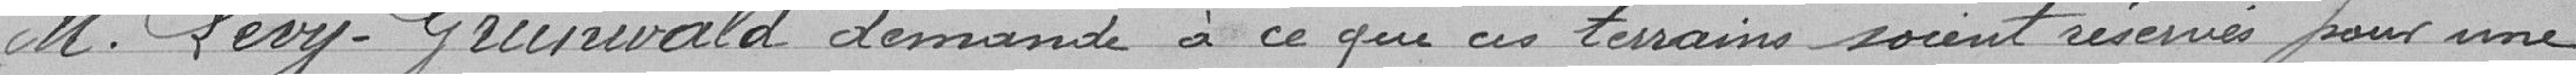
Monsieur Lévy-Grunwald demande à ce que ces terrains soient réservés pour une